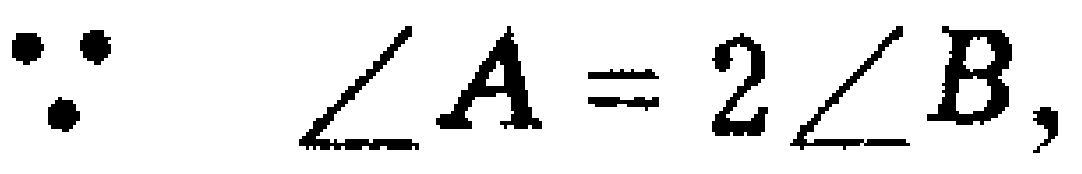
\(\because \angle A = 2\angle B,\)